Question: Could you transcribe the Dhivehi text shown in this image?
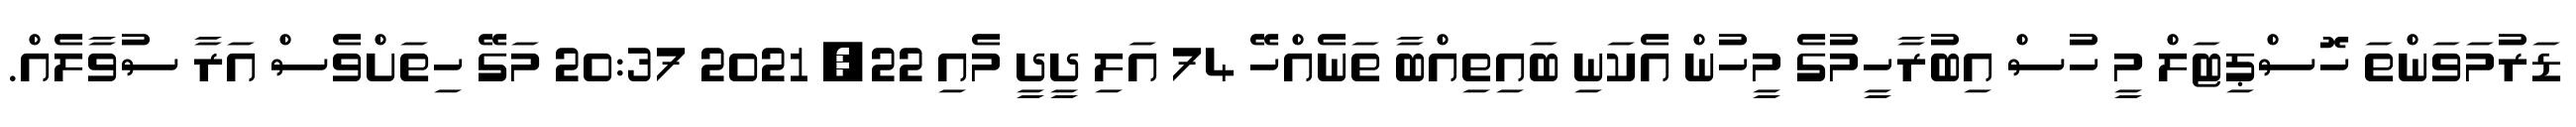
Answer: ޑަރުމަވަންތަ ހޮސްޕިޓަލް މީ ހުސް އިބުރާހީމުގެ މީހުން އެކަނި ބައިތިއްބާ ތަނެއްހޭ 74 އަލި ދީދީ މެއި 22, 2021 20:37 މަގޭ ހިތަށްވެސް އަރާ ސުވާލެއް.